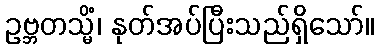
ဥဗ္ဘတသ္မိံ၊ နုတ်အပ်ပြီးသည်ရှိသော်။